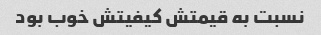
نسبت به قیمتش کیفیتش خوب بود